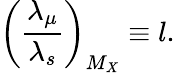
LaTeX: \left(\frac{\lambda_{\mu}}{\lambda_{s}}\right)_{M_{X}}\equiv l.